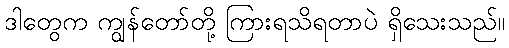
ဒါတွေက ကျွန်တော်တို့ ကြားရသိရတာပဲ ရှိသေးသည်။